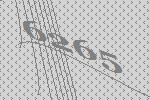
6265